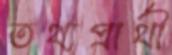
তথ্যপ্রার্থী